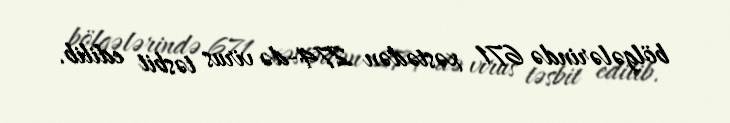
bölgələrində 671 xəstədən 274-də virus təsbit edilib.